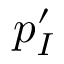
p _ { I } ^ { \prime }